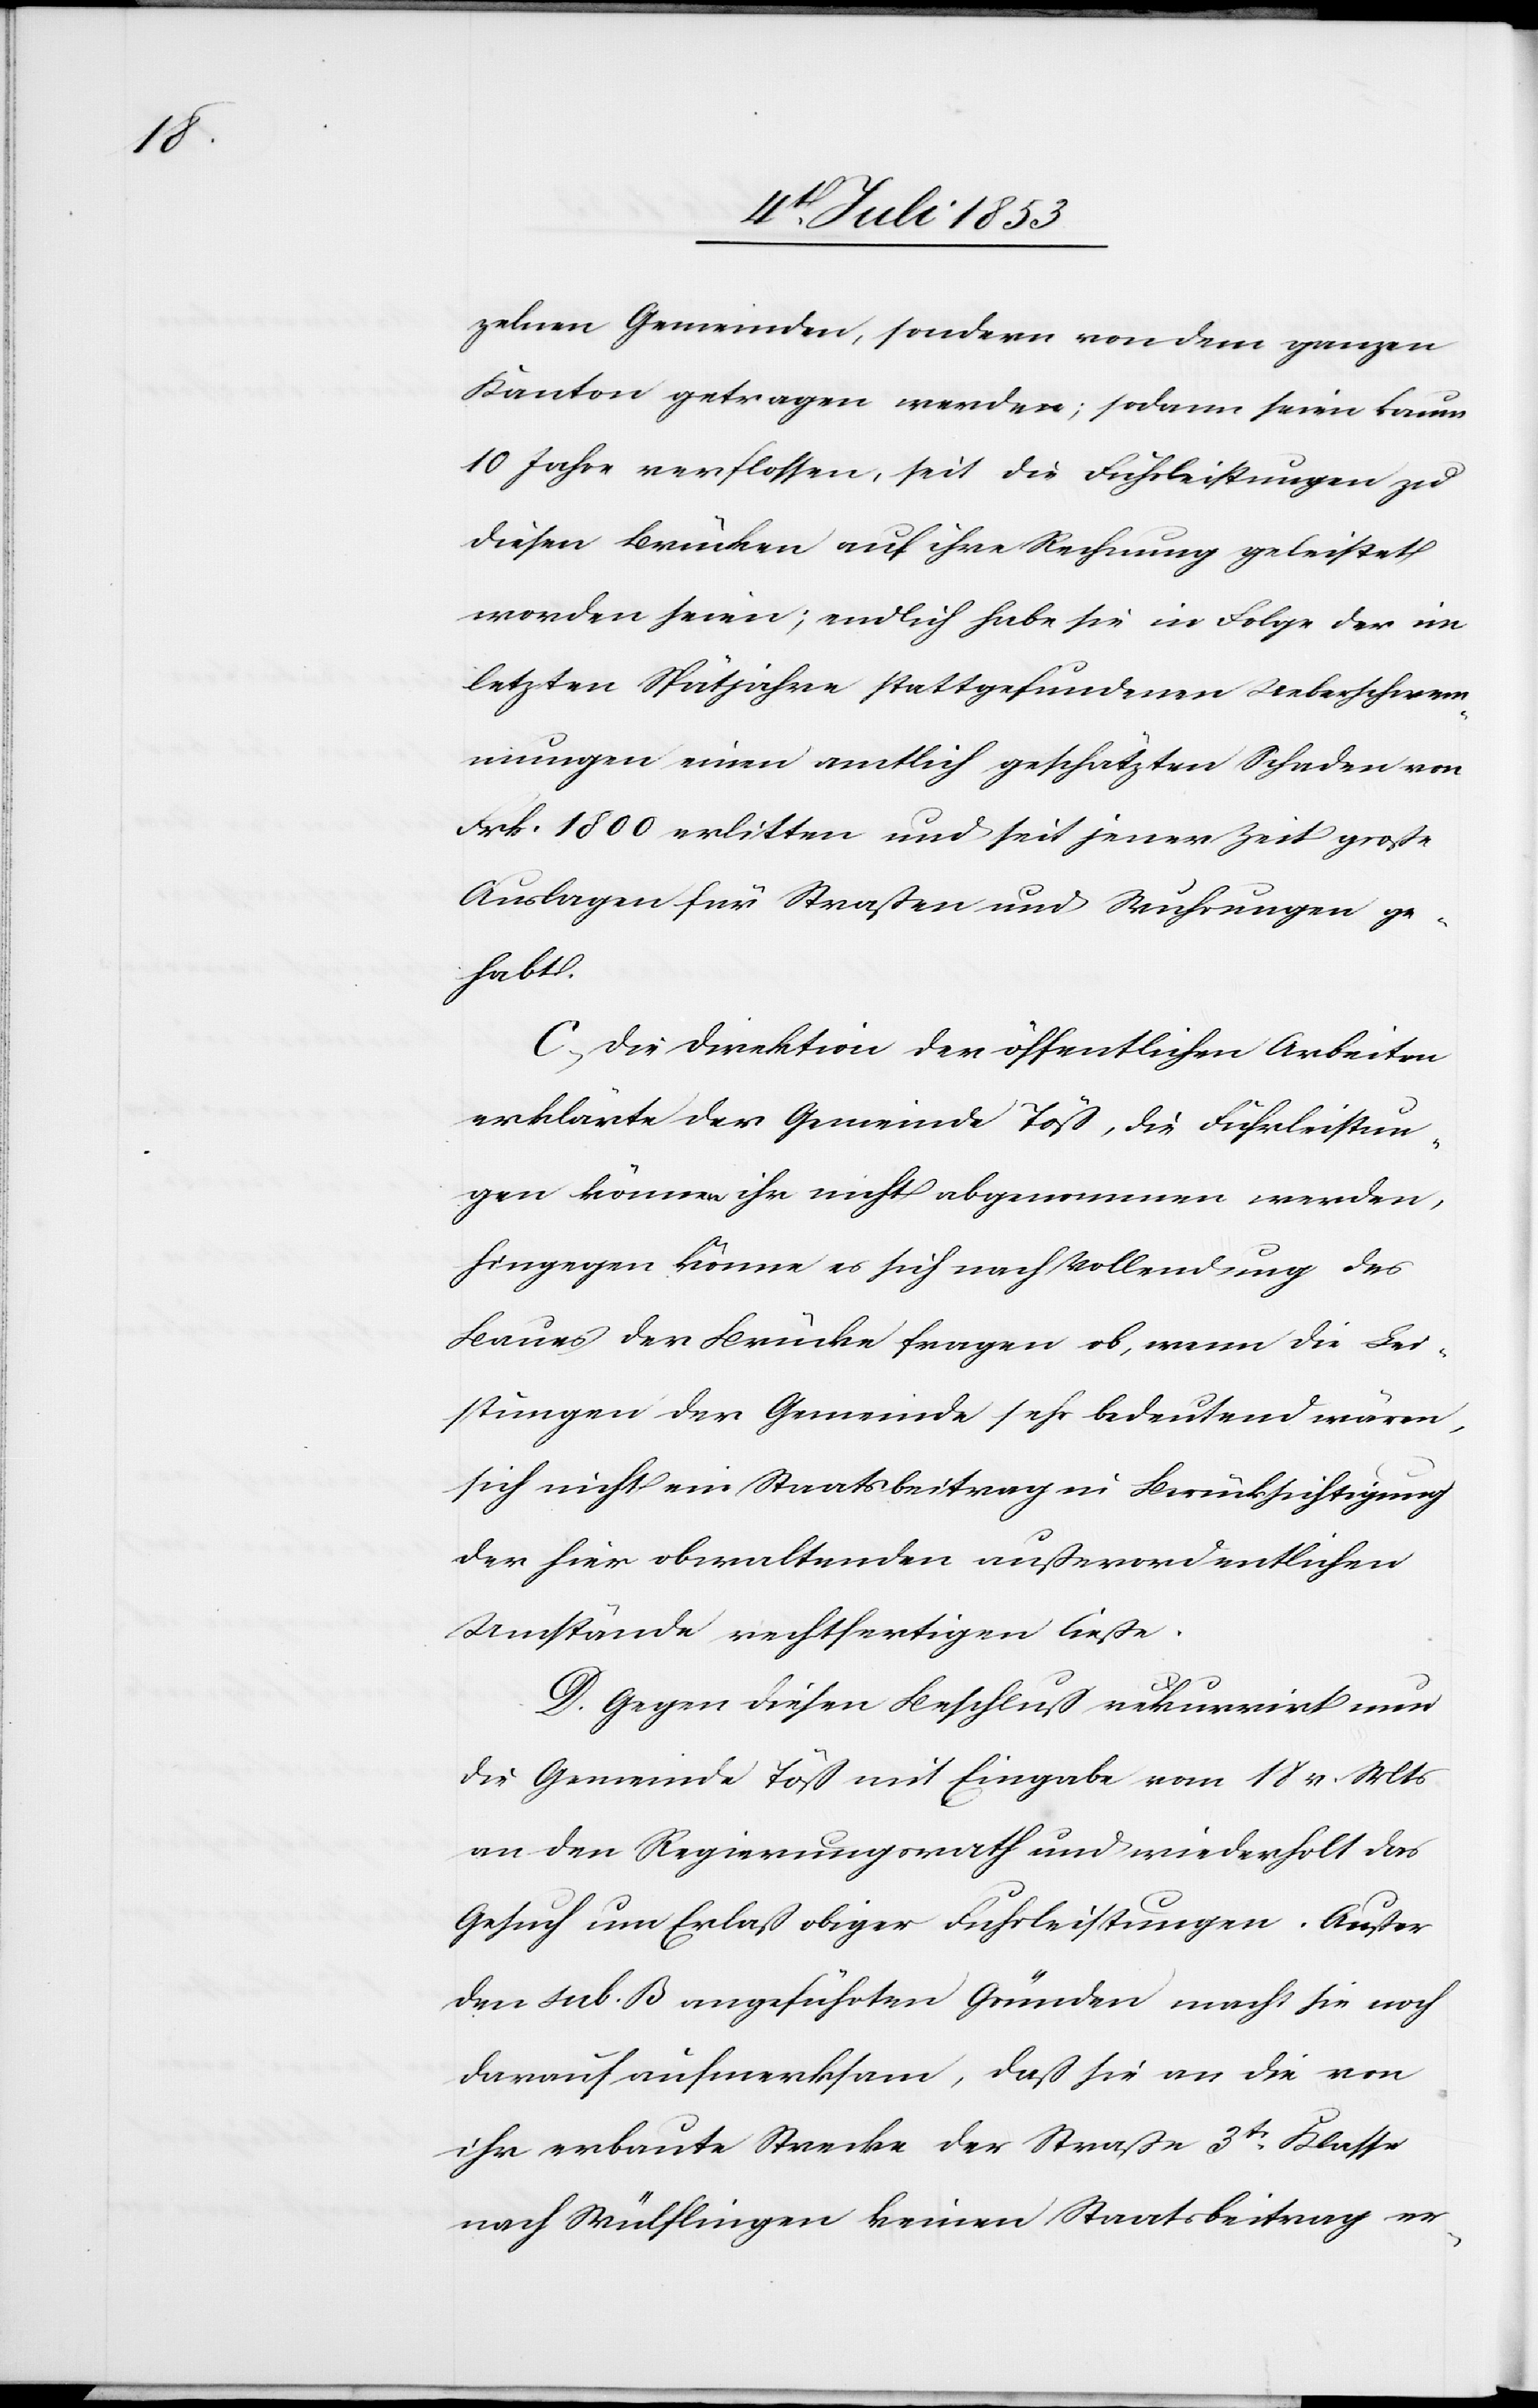
zelnen Gemeinden, sondern von dem ganzen
Kanton getragen werden; sodann seien kaum
10 Jahre verflossen, seit die Fuhrleistungen zu
diesen Brücken auf ihre Rechnung geleistet
worden seien; endlich habe sie in Folge der in
letzten Spätjahren stattgefundenen Ueberschwem¬
mungen einen amtlich geschätzten Schaden von
Frk. 1800 erlitten und seit jener Zeit große
Auslagen für Straßen und Wuhrungen ge¬
habt.
C, Die Direktion der öffentlichen Arbeiten
erklärte der Gemeinde Töß, die Fuhrleistun¬
gen können ihr nicht abgenommen werden,
hingegen können es sich nach Vollendung des
Baues der Brücke fragen ob, wenn die Lei¬
stungen der Gemeinde sehr bedeutend wären,
sich nicht ein Staatsbeitrag in Berücksichtigung
der fair obwaltenden außerordentlichen
Umstände rechtfertigen ließe.
D. Gegen diesen Beschluß rekurrirt nun
die Gemeinde Töß mit Eingabe vom 18 v. Mts.
an den Regierungsrath und wiederholt das
Gesuch um Erlaß obiger Fuhrleistungen. Außer
den sub. B angeführten Gründen macht sie noch
darauf aufmerksam, daß sie an die von
ihr erbaute Strecke der Straße 3tr Klasse
nach Wülflingen keinen Staatsbeitrag er-